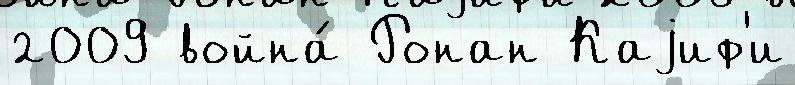
2009 война́ Ронан Каjиф'и